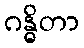
ဂန္ဓိတာ